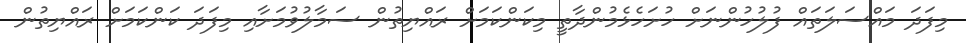
މިފަދަ މައްސަލަތައް ފުލުހުންނަށް ހުށަހެޅެމުންދާތީ މިކަންކަމަށް ރައްޔިތުން ސަމާލުވުމަށާއި މިފަދަ ކަންކަމަށް ރައްޔިތުން